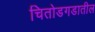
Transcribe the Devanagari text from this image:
चितोडगडातील